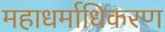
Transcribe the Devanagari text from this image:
महाधर्माधिकरण